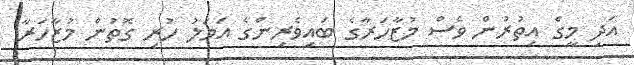
އަދި މީގެ އިތުރުން ވެސް މުޒާހަރާގެ ބައިވެރިންގެ އަމަލު ހުރި ގޮތުން މުޒާހަރާ